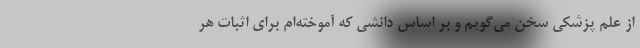
از علم پزشکی سخن می‌گویم و بر اساس دانشی که آموخته‌ام برای اثبات هر